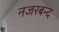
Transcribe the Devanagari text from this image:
नजरबन्‍द